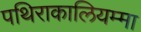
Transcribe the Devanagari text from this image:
पथिराकालियम्मा